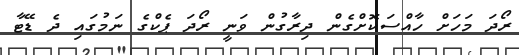
ރޯދަ މަހަށް ހާއްސަކޮށްގެން ދިރާގުން ވަނީ ރޯދަ ޕެކްގެ ނަމުގައި ދެ ޑޭޓާ